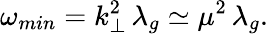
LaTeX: \omega_{min}=k_{\perp}^{2}\, \lambda_{g}\simeq\mu^{2}\, \lambda_{g}.